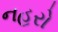
નહરો